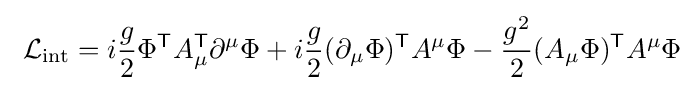
\ {\mathcal {L}}_{\mathrm {int} }=i{\frac {g}{2}}\Phi ^{\mathsf {T}}A_{\mu }^{\mathsf {T}}\partial ^{\mu }\Phi +i{\frac {g}{2}}(\partial _{\mu }\Phi )^{\mathsf {T}}A^{\mu }\Phi -{\frac {g^{2}}{2}}(A_{\mu }\Phi )^{\mathsf {T}}A^{\mu }\Phi